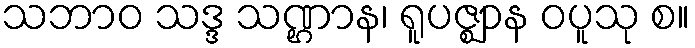
သဘာဝ သဒ္ဒ သဏ္ဌာန၊ ရူပဇ္ဈာန ဝပူသု စ။